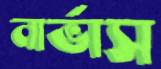
নার্ভাস